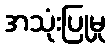
အသုံးပြုမှု